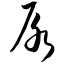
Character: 尿